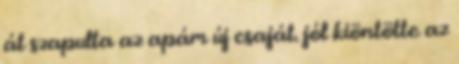
át szapulta az apám új csaját. jól kiöntötte az